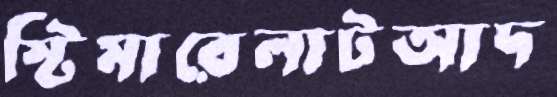
স্টিমারেলাটআদ